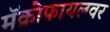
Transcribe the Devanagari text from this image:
मॅक्रोफायलवर